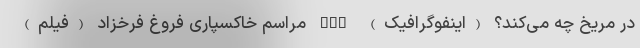
در مریخ چه می‌کند؟ (اینفوگرافیک) nan مراسم خاکسپاری فروغ فرخزاد (فیلم)